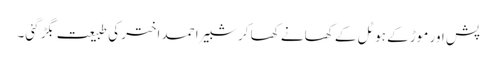
پش اور موڑ کے ہوٹل کے کھانے کھا کر شبیر احمد اختر کی طبیعت بگڑ گئی۔